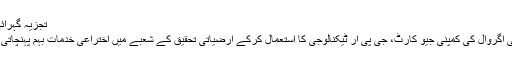
تجزیہ گہرائی کا
سِلکی اگروال کی کمپنی جیو کارٹ، جی پی آر ٹیکنالوجی کا استعمال کرکے ارضیاتی تحقیق کے شعبے میں اختراعی خدمات بہم پہنچاتی ہے۔